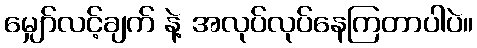
မျှော်လင့်ချက် နဲ့ အလုပ်လုပ်နေကြတာပါပဲ။